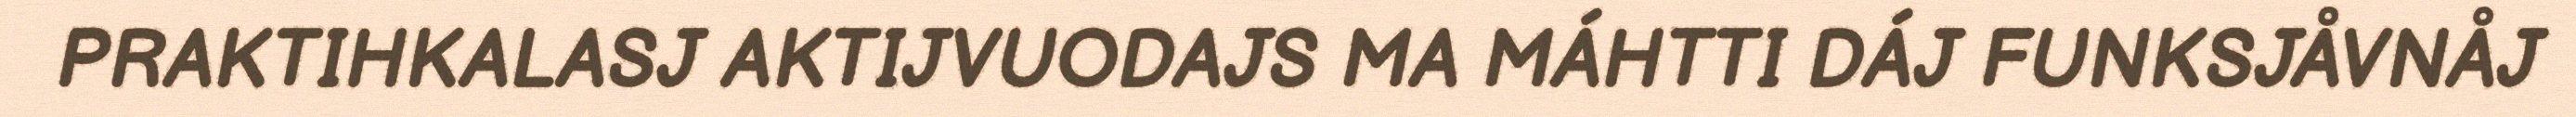
PRAKTIHKALASJ AKTIJVUODAJS MA MÁHTTI DÁJ FUNKSJÅVNÅJ